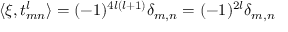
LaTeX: \langle \xi , t _ { m n } ^ { l } \rangle = ( - 1 ) ^ { 4 l ( l + 1 ) } \delta _ { m , n } = ( - 1 ) ^ { 2 l } \delta _ { m , n }